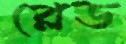
প্লেড